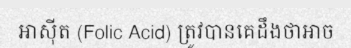
អាស៊ីត (Folic Acid) ត្រូវបានគេដឹងថាអាច